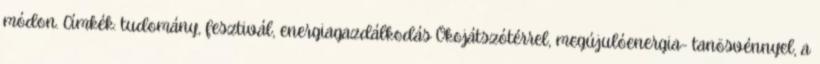
módon. Címkék: tudomány, fesztivál, energiagazdálkodás Ökojátszótérrel, megújulóenergia- tanösvénnyel, a